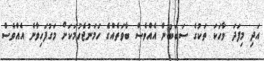
އަދި މިފަދަ ވާހަކަ ތަކުގެ ސަބަބުން އެއްވެސް ބާވަތެއްގެ ހަމަނުޖެހުމަކަށް މަގުފަހިވާނެ އެއްވެސް